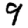
Digit: 9